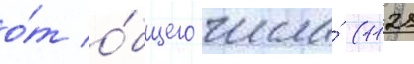
о́т о́бщего числа́ (1121